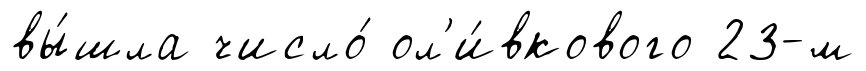
вы́шла число́ ол'и́вкового 23-м